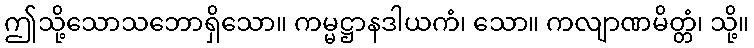
ဤသို့သောသဘောရှိသော။ ကမ္မဋ္ဌာနဒါယကံ၊ သော။ ကလျာဏမိတ္တံ၊ သို့။